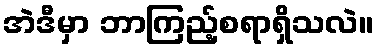
အဲဒီမှာ ဘာကြည့်စရာရှိသလဲ။